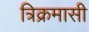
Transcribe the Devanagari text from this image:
त्रिक्रमासी